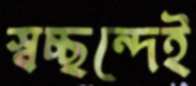
স্বচ্ছন্দেই